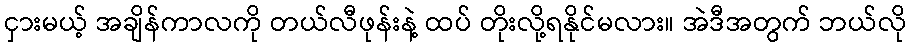
ငှားမယ့် အချိန်ကာလကို တယ်လီဖုန်းနဲ့ ထပ် တိုးလို့ရနိုင်မလား။ အဲဒီအတွက် ဘယ်လို